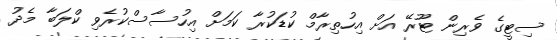
ސިޓީގެ ވެރިން ޓޫރޭ އަށް އިހުތިރާމް ކުޑަކުރާ ކަމަށް އިހުސާސްކުރެވި ކްލަބާ މެދު